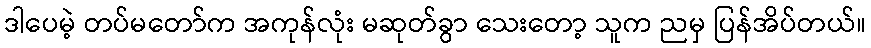
ဒါပေမဲ့ တပ်မတော်က အကုန်လုံး မဆုတ်ခွာ သေးတော့ သူက ညမှ ပြန်အိပ်တယ်။